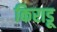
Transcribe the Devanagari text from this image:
किराडू